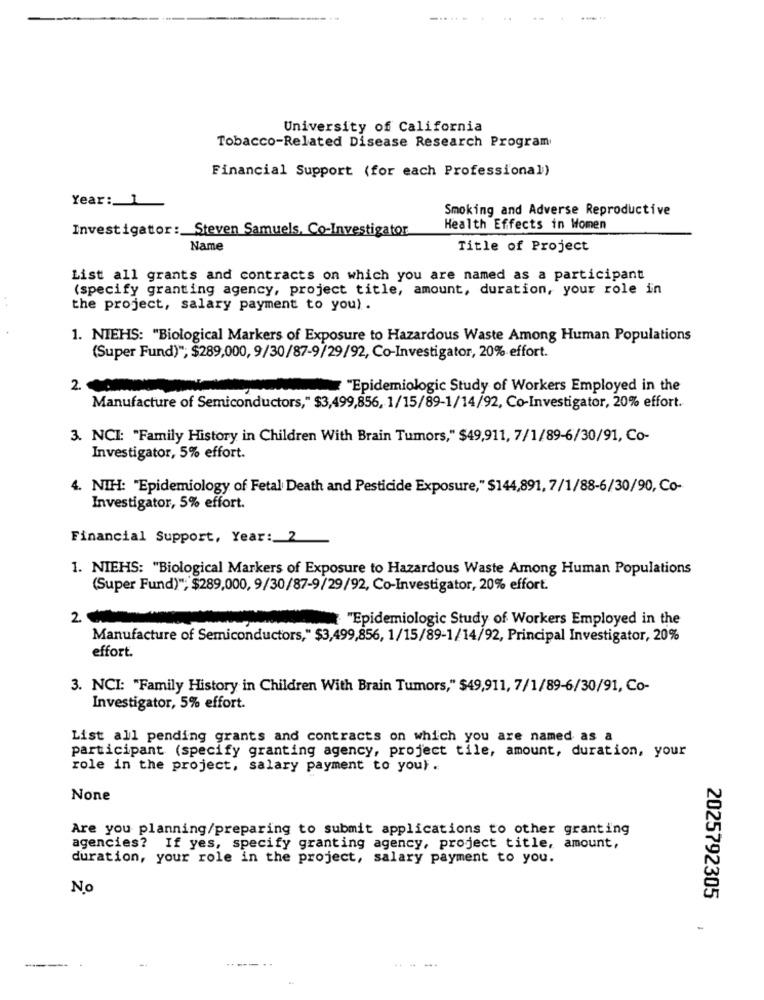
...
University of California
Tobacco-Related Disease Research Program
Financial Support (for each Professional)
Year: 1
Smoking and Adverse Reproductive
Investigator: Steven Samuels, Co-Investigator
Health Effects in Women
Name
Title of Project
List all grants and contracts on which you are named as a participant
(specify granting agency, project title, amount, duration, your role in
the project, salary payment to you) .
1. NIEHS: "Biological Markers of Exposure to Hazardous Waste Among Human Populations
(Super Fund)", $289,000, 9/30/87-9/29/92, Co-Investigator, 20% effort.
2. 00
"Epidemiologic Study of Workers Employed in the
Manufacture of Semiconductors," $3,499,856, 1/15/89-1/14/92, Co-Investigator, 20% effort.
3. NCI: "Family History in Children With Brain Tumors," $49,911, 7/1/89-6/30/91, Co-
Investigator, 5% effort.
4. NIH: "Epidemiology of Fetal Death and Pesticide Exposure," $144,891, 7/1/88-6/30/90, Co-
Investigator, 5% effort.
Financial Support, Year :_ 2
1. NIEHS: "Biological Markers of Exposure to Hazardous Waste Among Human Populations
(Super Fund)", $289,000, 9/30/87-9/29/92, Co-Investigator, 20% effort.
2 €
"Epidemiologic Study of Workers Employed in the
Manufacture of Semiconductors," $3,499,856, 1/15/89-1/14/92, Principal Investigator, 20%
effort
3. NCI: "Family History in Children With Brain Tumors," $49,911, 7/1/89-6/30/91, Co-
Investigator, 5% effort.
List all pending grants and contracts on which you are named as a
participant (specify granting agency, project tile, amount, duration, your
role in the project, salary payment to you).
Are you planning/preparing to submit applications to other granting
agencies? If yes, specify granting agency, project title, amount,
duration, your role in the project, salary payment to you.
No
2025792305
----